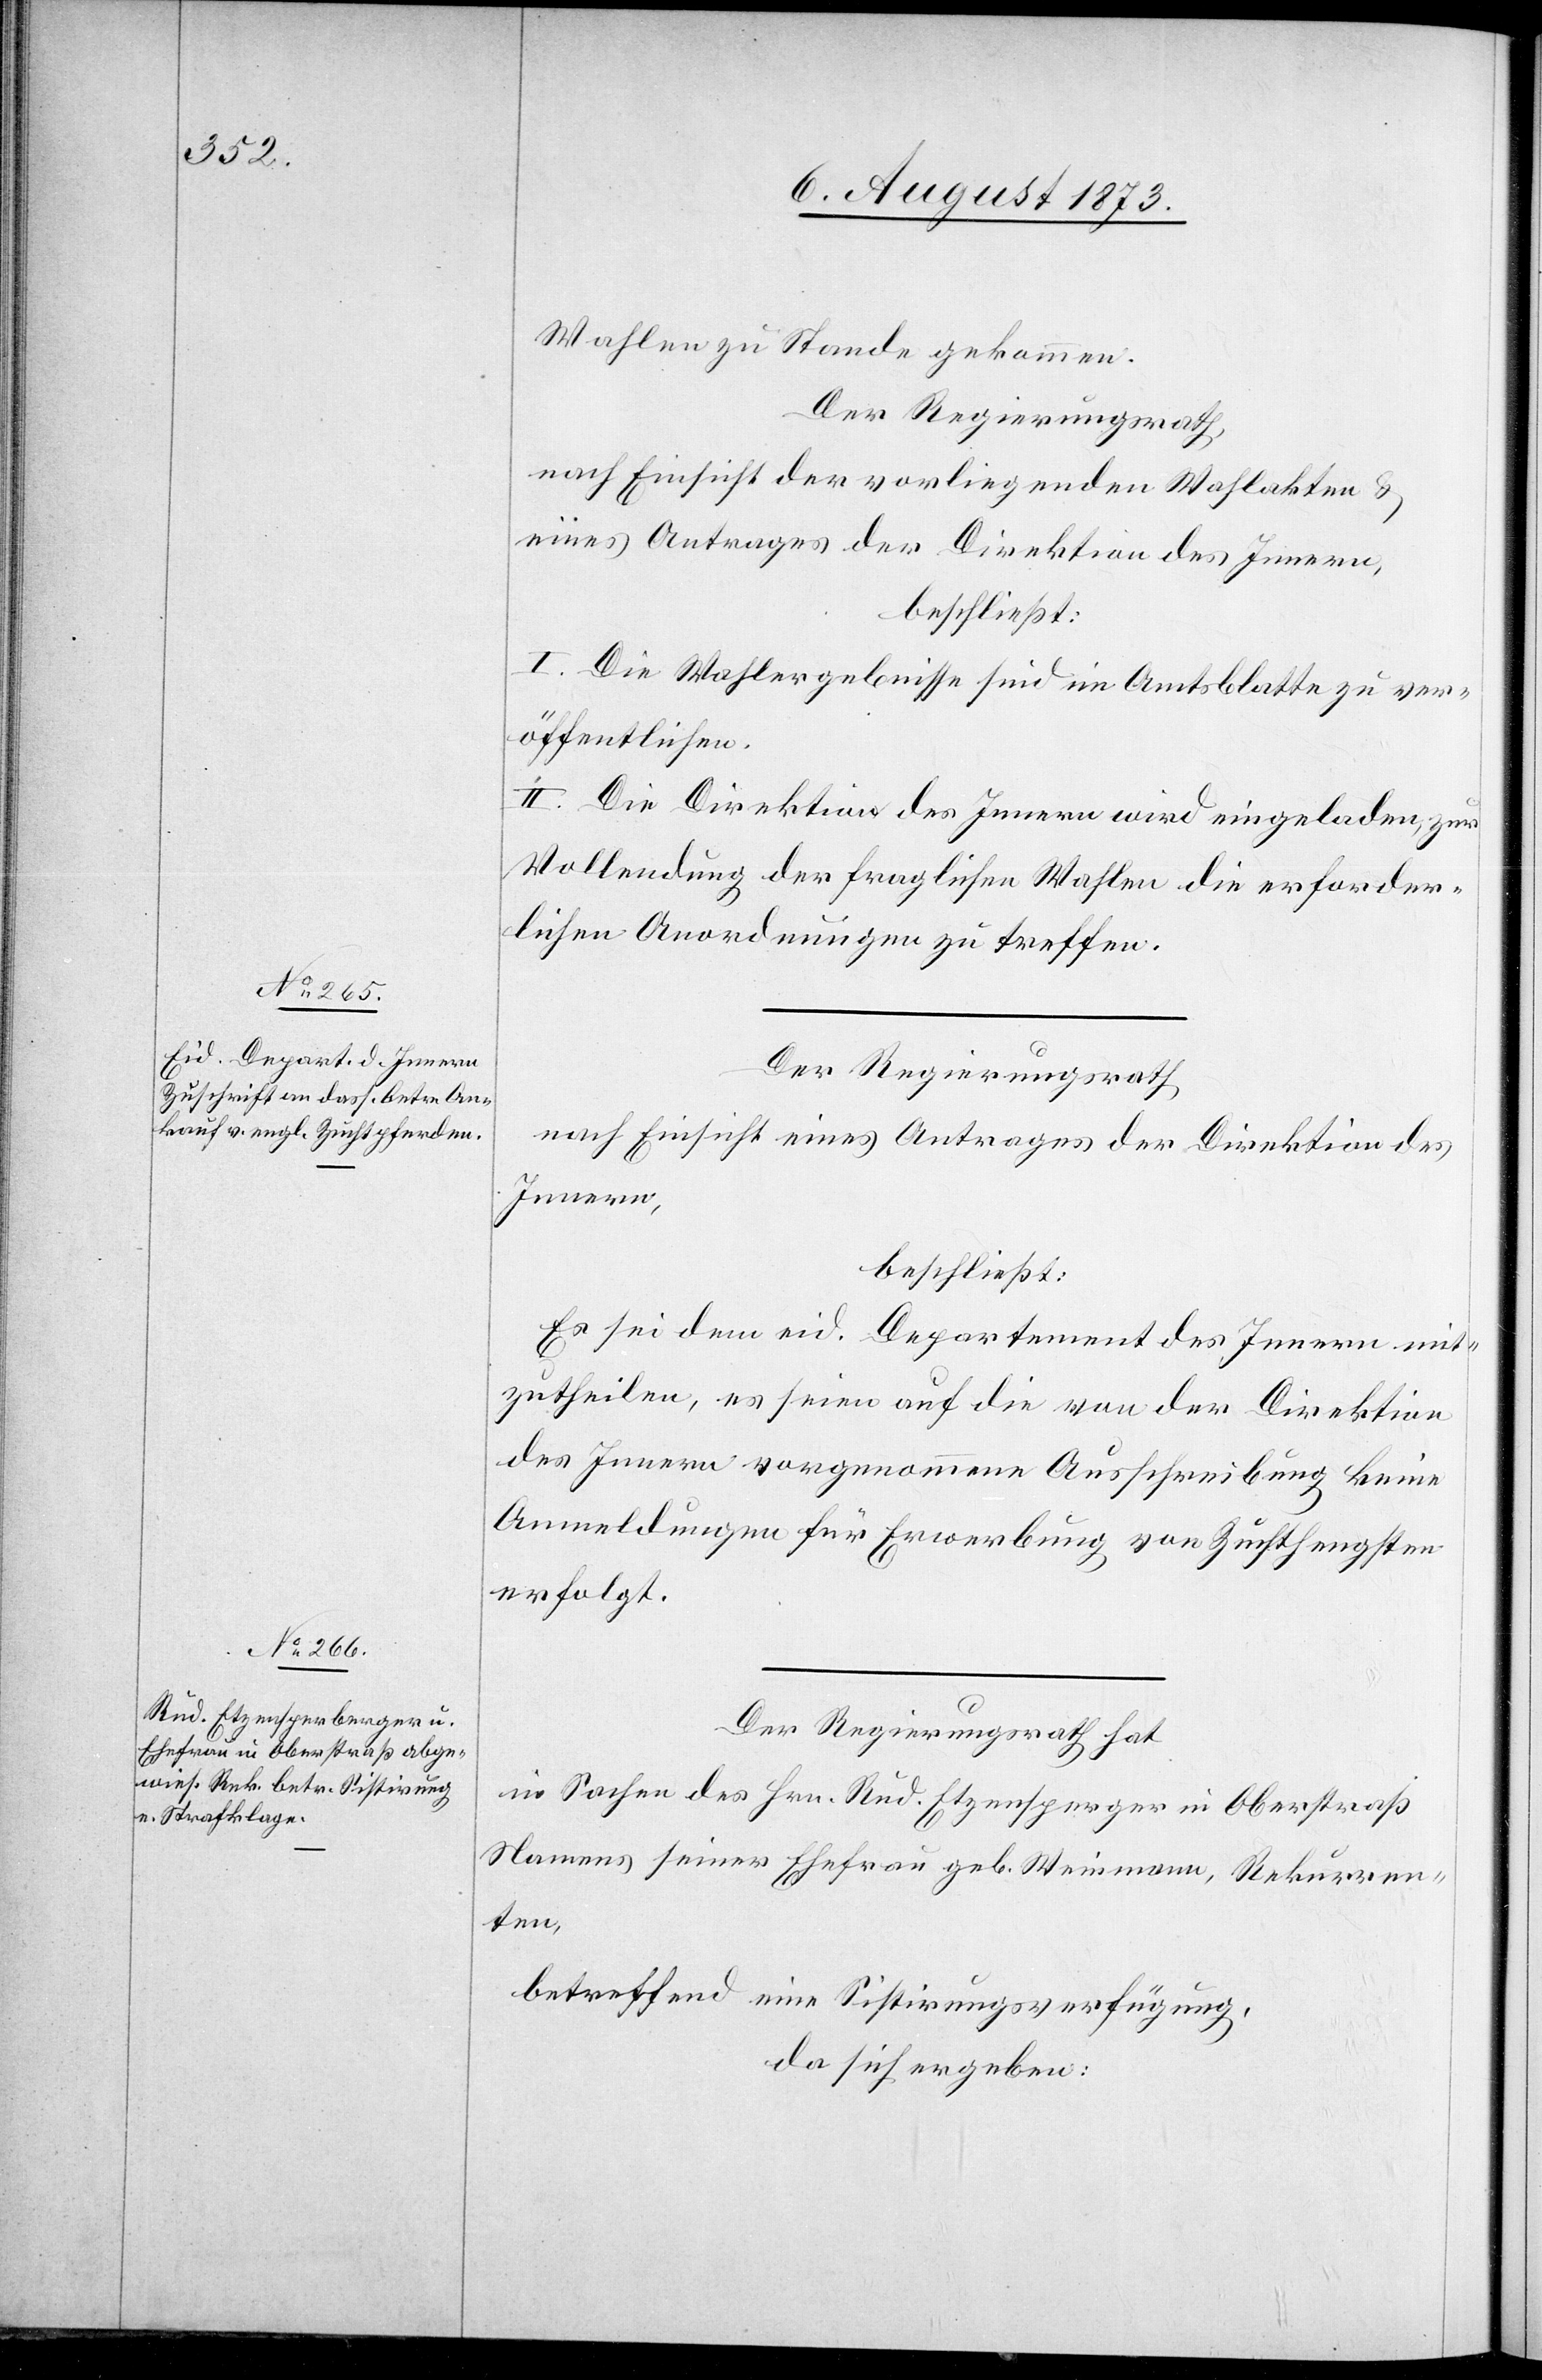
Wahlen zu Stande gekommen.
Der Regierungsrath,
nach Einsicht der vorliegenden Wahlakten &
eines Antrages der Direktion des Innern,
beschließt:
I. Die Wahlergebnisse sind im Amtsblatte zu ver¬
öffentlichen.
II. Die Direktion des Innern wird eingeladen, zur
Vollendung der fraglichen Wahlen die erforder¬
lichen Anordnungen zu treffen.
Der Regierungsrath
nach Einsicht eines Antrages der Direktion des
Innern,
beschließt:
Es sei dem eid. Departement des Innern mit¬
zutheilen, es seien auf die von der Direktion
des Innern vorgenommene Ausschreibung keine
Anmeldungen für Erwerbung von Zuchthengsten
erfolgt.
Der Regierungsrath hat
in Sachen des Hrn. Rud. Etzensperger in Oberstraß
Namens seiner Ehefrau geb. Weinmann, Rekurren¬
ten,
betreffend eine Sistirungsverfügung,
da sich ergeben: